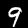
Label: 9